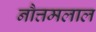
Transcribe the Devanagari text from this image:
नौत्तमलाल